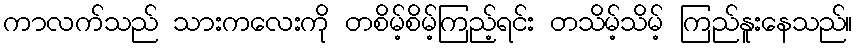
ကာလက်သည် သားကလေးကို တစိမ့်စိမ့်ကြည့်ရင်း တသိမ့်သိမ့် ကြည်နူးနေသည်။